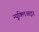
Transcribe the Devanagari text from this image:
न्यूक्लिआइउ